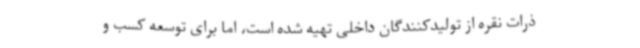
ذرات نقره از تولیدکنندگان داخلی تهیه شده است، اما برای توسعه کسب و